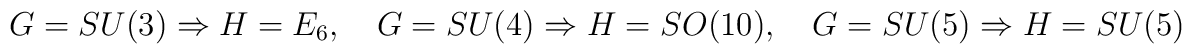
G=SU(3) \Rightarrow  H=E_{6}, \quad   G=SU(4) \Rightarrow  H=SO(10), \quad   G=SU(5) \Rightarrow  H=SU(5)